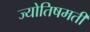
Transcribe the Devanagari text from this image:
ज्योतिषमती